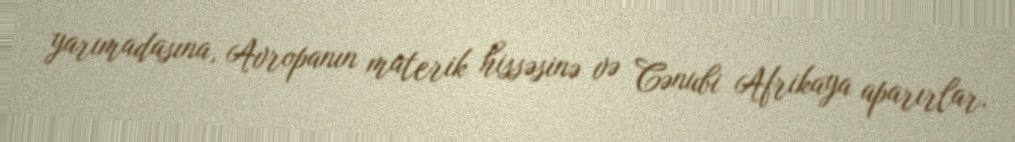
yarımadasına, Avropanın materik hissəsinə və Cənubi Afrikaya aparırlar.